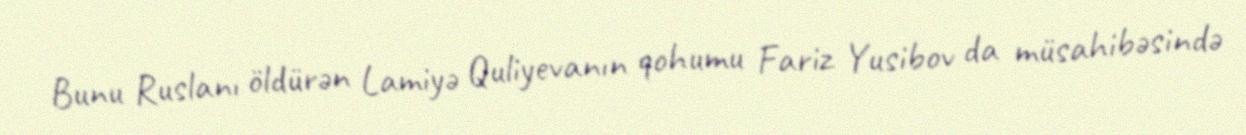
Bunu Ruslanı öldürən Lamiyə Quliyevanın qohumu Fariz Yusibov da müsahibəsində